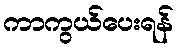
ကာကွယ်ပေးရန်